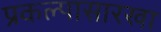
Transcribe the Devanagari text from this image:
प्रकल्पासारखा